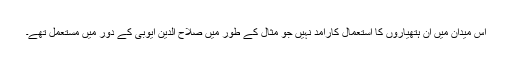
اس میدان میں ان ہتھیاروں کا استعمال کارآمد نہیں جو مثال کے طور میں صلاح الدین ایوبی کے دور میں مستعمل تھے۔